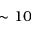
\sim 1 0